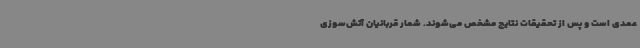
عمدی است و پس از تحقیقات نتایج مشخص می‌شوند. شمار قربانیان آتش‌سوزی